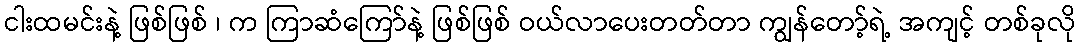
ငါးထမင်းနဲ့ ဖြစ်ဖြစ် ၊ က ကြာဆံကြော်နဲ့ ဖြစ်ဖြစ် ဝယ်လာပေးတတ်တာ ကျွန်တော့်ရဲ့ အကျင့် တစ်ခုလို